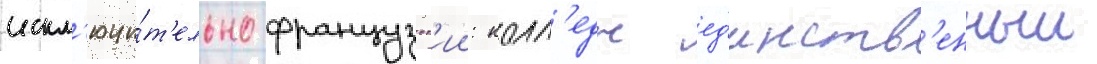
искл'ючи́т'ельно французск'ии: колл'едж ед'инств'енныи